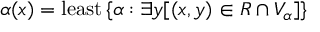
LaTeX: \alpha ( x ) = { \mathrm { l e a s t } } \, \{ \alpha : \exists y [ ( x , y ) \in R \cap V _ { \alpha } ] \}